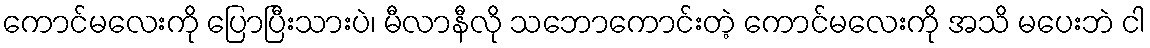
ကောင်မလေးကို ပြောပြီးသားပဲ၊ မီလာနီလို သဘောကောင်းတဲ့ ကောင်မလေးကို အသိ မပေးဘဲ ငါ